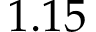
1 . 1 5